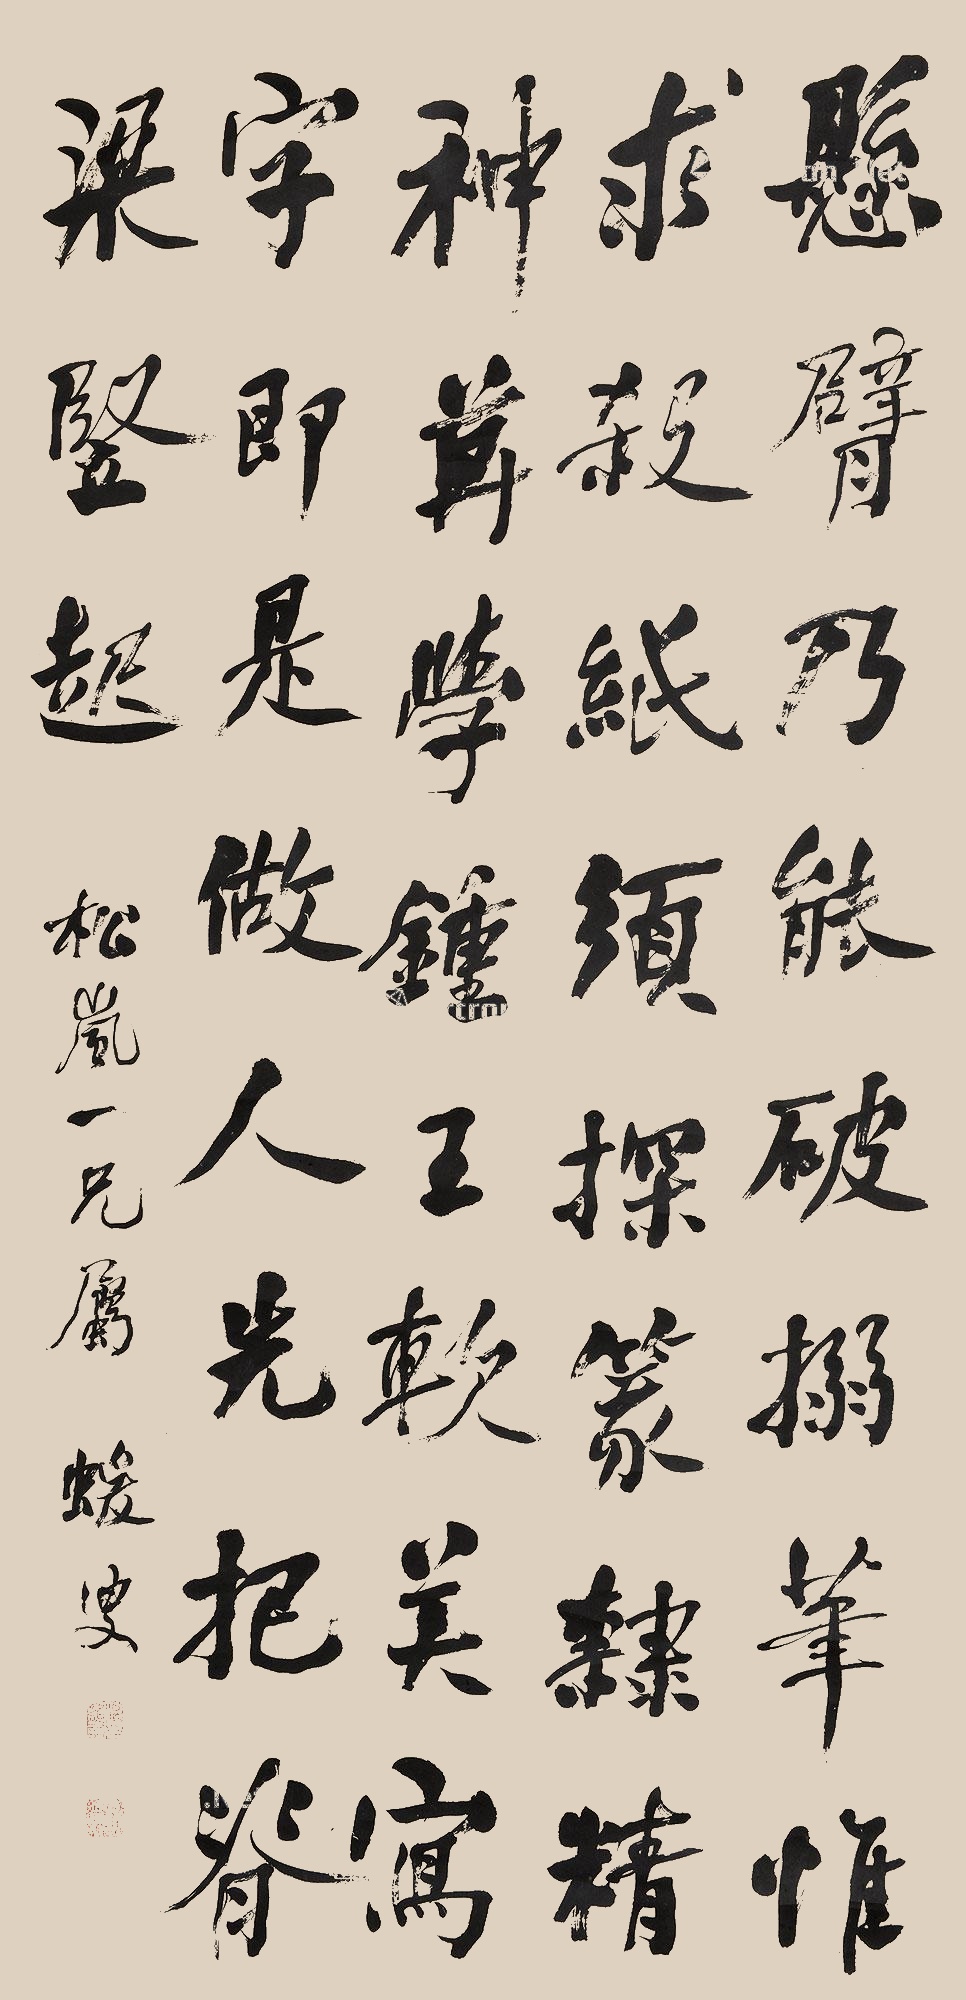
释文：悬臂势如破空，搦管惟求杀纸，探求篆隶精神，莫学钟王软美，写字亦如做人，先把脊梁竖起。松岚一兄属，蝯叟。